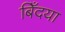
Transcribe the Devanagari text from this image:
बिँदया